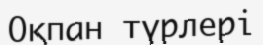
Оқпан түрлері